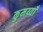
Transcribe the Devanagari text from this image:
कुमय्याँ